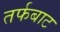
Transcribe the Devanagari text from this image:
तर्फबाट